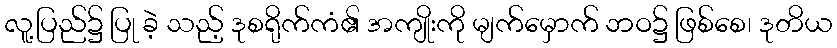
လူ့ပြည်၌ ပြု ခဲ့ သည့် ဒုစရိုက်ကံ၏ အကျိုးကို မျက်မှောက် ဘဝ၌ ဖြစ်စေ၊ ဒုတိယ